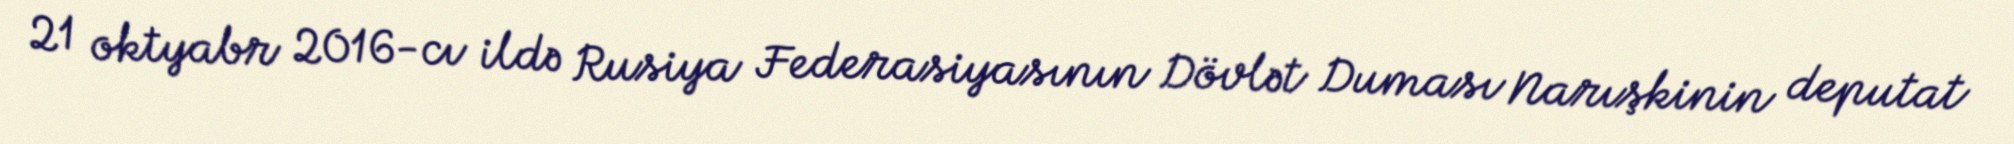
21 oktyabr 2016-cı ildə Rusiya Federasiyasının Dövlət Duması Narışkinin deputat